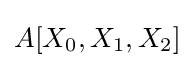
A[X_{0},X_{1},X_{2}]